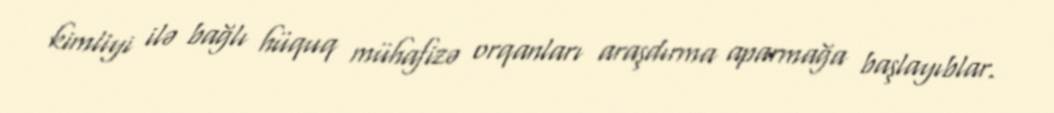
kimliyi ilə bağlı hüquq mühafizə orqanları araşdırma aparmağa başlayıblar.